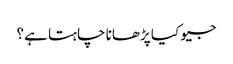
جیو کیا پڑھانا چاہتا ہے؟